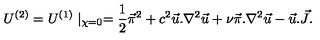
U ^ { ( 2 ) } = U ^ { ( 1 ) } \mid _ { \chi = 0 } = { \frac { 1 } { 2 } } \vec { \pi } ^ { 2 } + c ^ { 2 } \vec { u } . \nabla ^ { 2 } \vec { u } + \nu \vec { \pi } . \nabla ^ { 2 } \vec { u } - \vec { u } . \vec { J } .